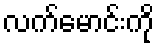
လက်မောင်းကို